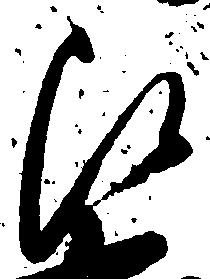
被